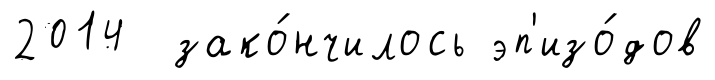
2014 зако́нчилось эп'изо́дов